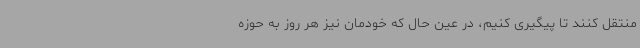
منتقل کنند تا پیگیری کنیم، در عین حال که خودمان نیز هر روز به حوزه